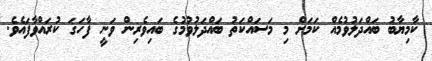
ކާމިޔާބު ބައްދަލުވުމެއް ކަމަށް މި މަސައްކަތު ބައްދަލުވުމުގެ ބައިވެރިން ވަނީ ފާހަގަ ކުރައްވާފައެވެ.